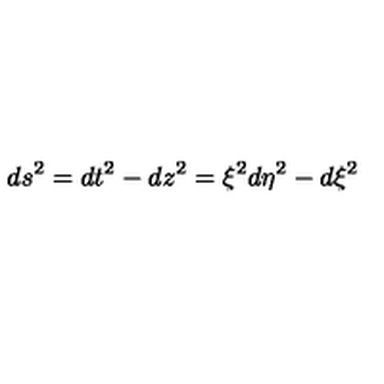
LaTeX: d s ^ { 2 } = d t ^ { 2 } - d z ^ { 2 } = \xi ^ { 2 } d \eta ^ { 2 } - d \xi ^ { 2 }